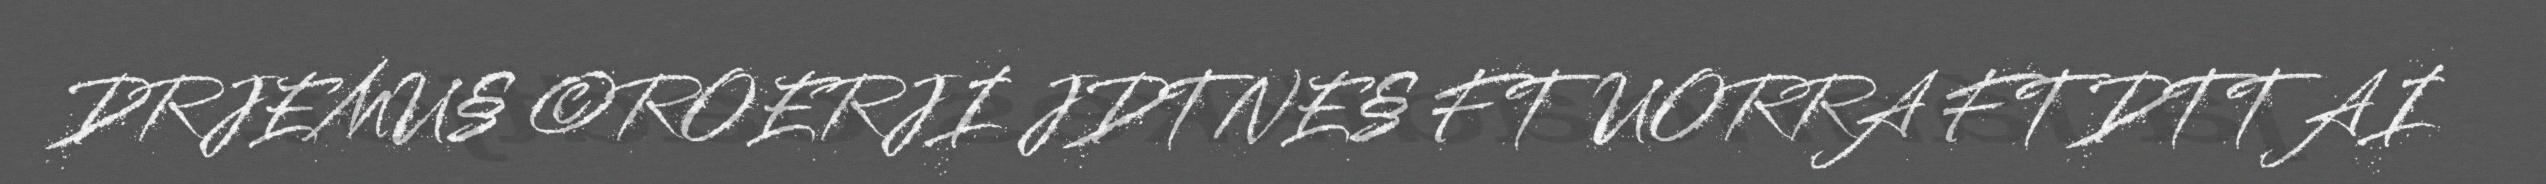
DRJEMU§ ©ROERJI JDTNE§ FTUORRA FTDTTAI